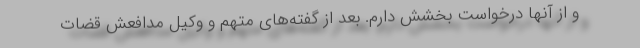
و از آنها درخواست بخشش دارم. بعد از گفته‌های متهم و وکیل مدافعش قضات